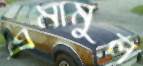
এমামুল